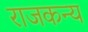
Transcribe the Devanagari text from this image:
राजकन्य